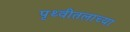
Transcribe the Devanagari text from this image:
पृथ्वीतलाच्या